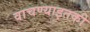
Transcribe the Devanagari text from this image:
वाचण्याइतकी